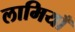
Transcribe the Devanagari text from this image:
लामियाँ